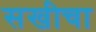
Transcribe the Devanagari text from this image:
सखीचा